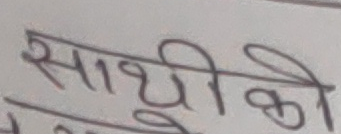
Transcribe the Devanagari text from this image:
साथीको